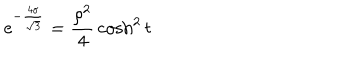
\mathrm { e } ^ { - { \frac { 4 \sigma } { \sqrt { 3 } } } } = { \frac { \rho ^ { 2 } } { 4 } } \cosh ^ { 2 } t